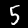
Label: 5